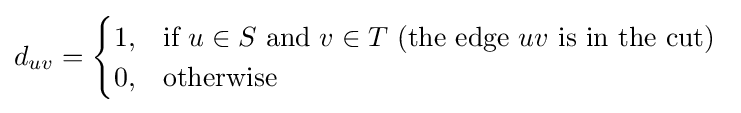
d_{uv}={\begin{cases}1,&{\text{if }}u\in S{\text{ and }}v\in T{\text{ (the edge }}uv{\text{ is in the cut) }}\\0,&{\text{otherwise}}\end{cases}}